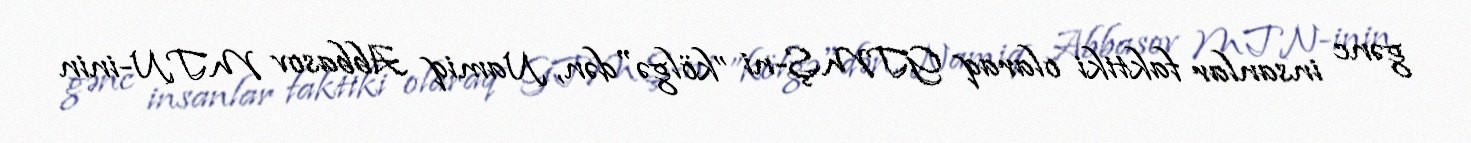
gənc insanlar faktiki olaraq GTMŞ-ni ”kölgə"dən, Namiq Abbasov MTN-inin